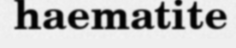
haematite